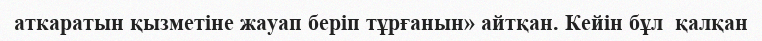
аткаратын қызметіне жауап беріп тұрғанын» айтқан. Кейін бұл  қалқан